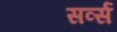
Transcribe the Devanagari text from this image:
सर्व्स